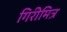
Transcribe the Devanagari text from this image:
गिरीमित्र